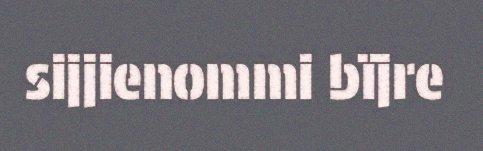
sijjienommi bïjre